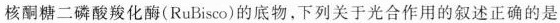
核酮糖二磷酸羧化酶(RuBisco)的底物，下列关于光合作用的叙述正确的是